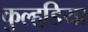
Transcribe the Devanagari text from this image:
कुल्हडि़या